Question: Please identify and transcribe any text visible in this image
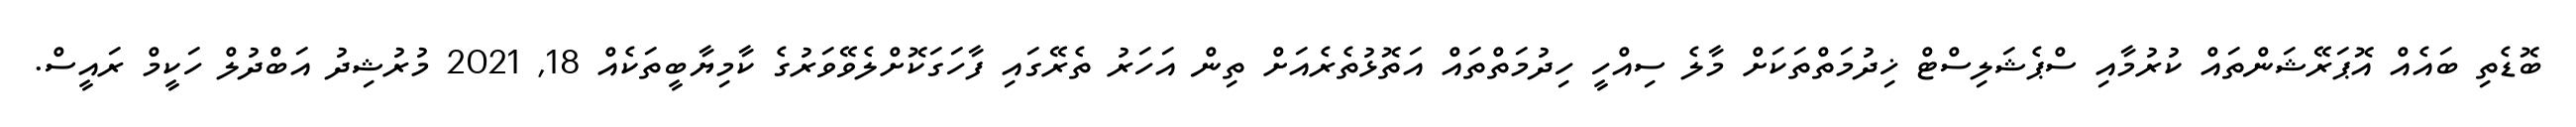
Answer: ބޮޑެތި ބައެއް އޮޕަރޭޝަންތައް ކުރުމާއި ސްޕެޝަލިސްޓް ޚިދުމަތްތަކަށް މާލެ ސިއްހީ ހިދުމަތްތައް އަތޮޅުތެރެއަށް ތިން އަހަރު ތެރޭގައި ފާހަގަކޮށްލެވޭވަރުގެ ކާމިޔާބީތަކެއް 18, 2021 މުރުޝިދު އަބްދުލް ހަކީމް ރައީސް.